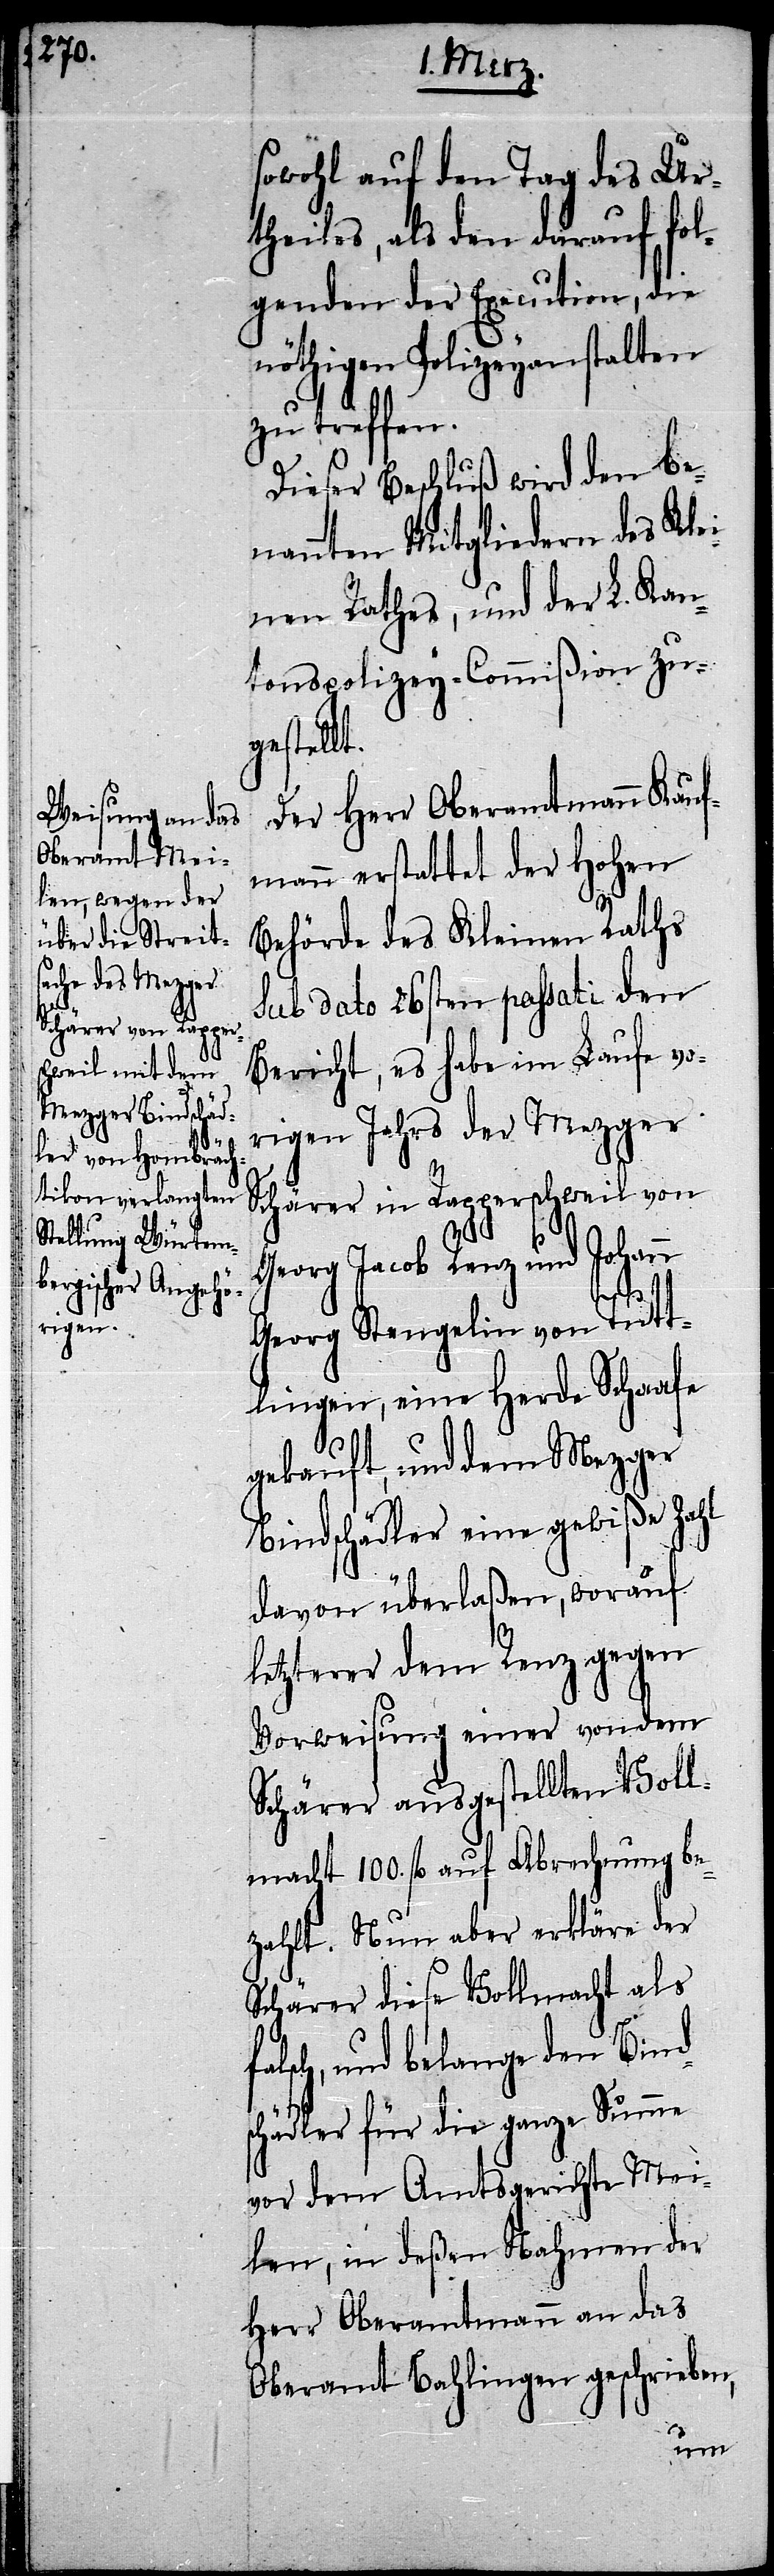
fa¬

sowohl auf den Tag des Ur¬
theiles, als den darauf fol¬
genden der Execution, die
nöthigen Polizeyanstalten
zu treffen.
Dieser Beschluß wird den be¬
nannten Mitgliedern des Kle¬
inen Rathes, und der L. Kan¬
tonspolizey-Commißion zug¬
estellt.
Der Herr Oberamtmann Kauf¬
mann erstattet der Hohen
Behörde des Kleinen Raths
Sub dato 26sten passati den
Bericht, es habe im Laufe vo¬
rigen Jahrs der Mezger
Schärer in Rapperschweil von
Georg Jacob Renz und Johann
Georg Stengelin von Tutt¬
lingen, eine Herde Schaafe
gekauft, und dem Mezger
Bindschädler eine gewiße Zahl
davon überlaßen, worauf
letzterer dem Renz gegen
Vorweisung einer von dem
Schärer ausgestellten Voll¬
macht 100. fl. auf Abrechnung be¬
zahlt. Nun aber erkläre der
Schärer diese Vollmacht als
lsch, und belange den Binds¬
chädler für die ganze Summe
vor dem Amtsgerichte Mei¬
len, in deßen Nahmen der
Herr Oberamtmann an das
Oberamt Bahlingen geschrieben,